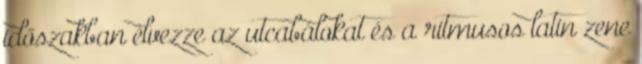
időszakban élvezze az utcabálokat és a ritmusos latin zene